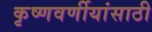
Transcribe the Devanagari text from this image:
कृष्णवर्णीयांसाठी